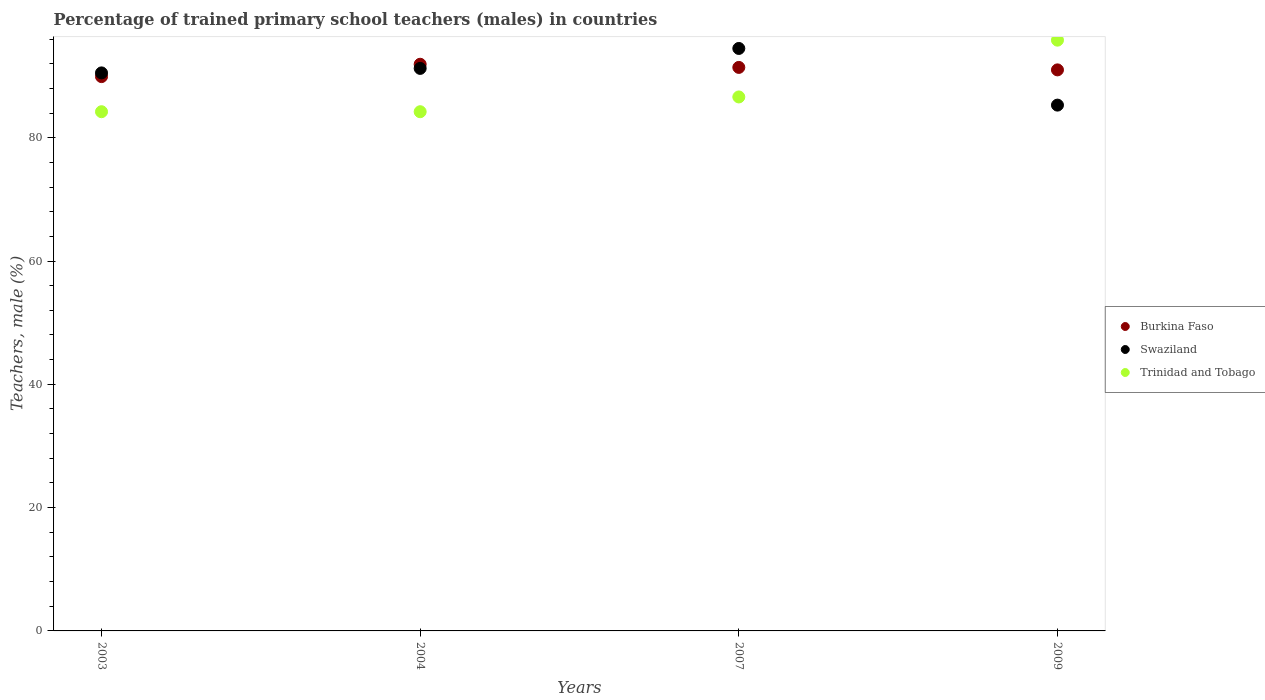
| Years | Burkina Faso | Swaziland | Trinidad and Tobago |
 | --- | --- | --- | --- |
 | 2003 | 89.9 | 90.5 | 84.2 |
 | 2004 | 91.9 | 91.2 | 84.2 |
 | 2007 | 91.4 | 94.5 | 86.6 |
 | 2009 | 91 | 85.3 | 95.8 |